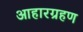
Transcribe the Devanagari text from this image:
आहारग्रहण